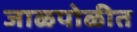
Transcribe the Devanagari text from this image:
जाळपोळीत